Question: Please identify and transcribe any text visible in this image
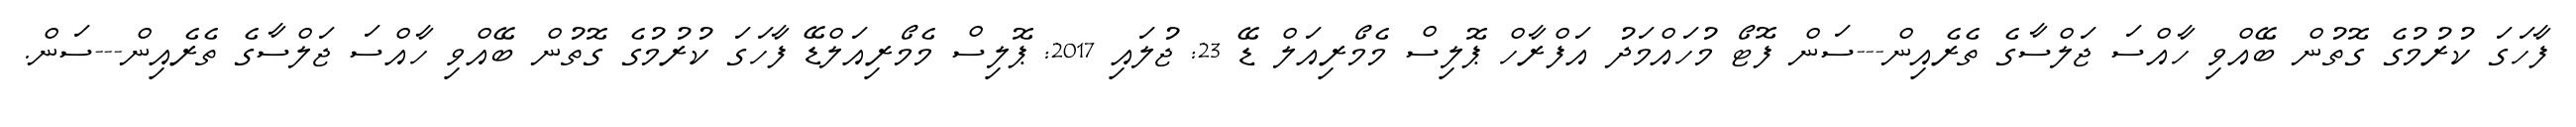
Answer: ފާހަގަ ކުރުމުގެ ގޮތުން ބޭއްވި ހާއްސަ ޖަލްސާގެ ތެރެއިން---ސަން ފޮޓޯ މުހައްމަދު އަފްރާހް ޕޮލިސް މެމޯރިއަލް ޑޭ 23: ޖުލައި 2017: ޕޮލިސް މެމޯރިއަލްޑޭ ފާހަގަ ކުރުމުގެ ގޮތުން ބޭއްވި ހާއްސަ ޖަލްސާގެ ތެރެއިން---ސަން.